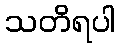
သတိရပါ